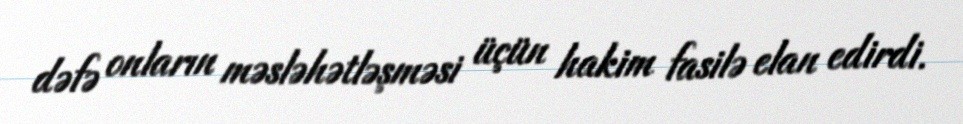
dəfə onların məsləhətləşməsi üçün hakim fasilə elan edirdi.